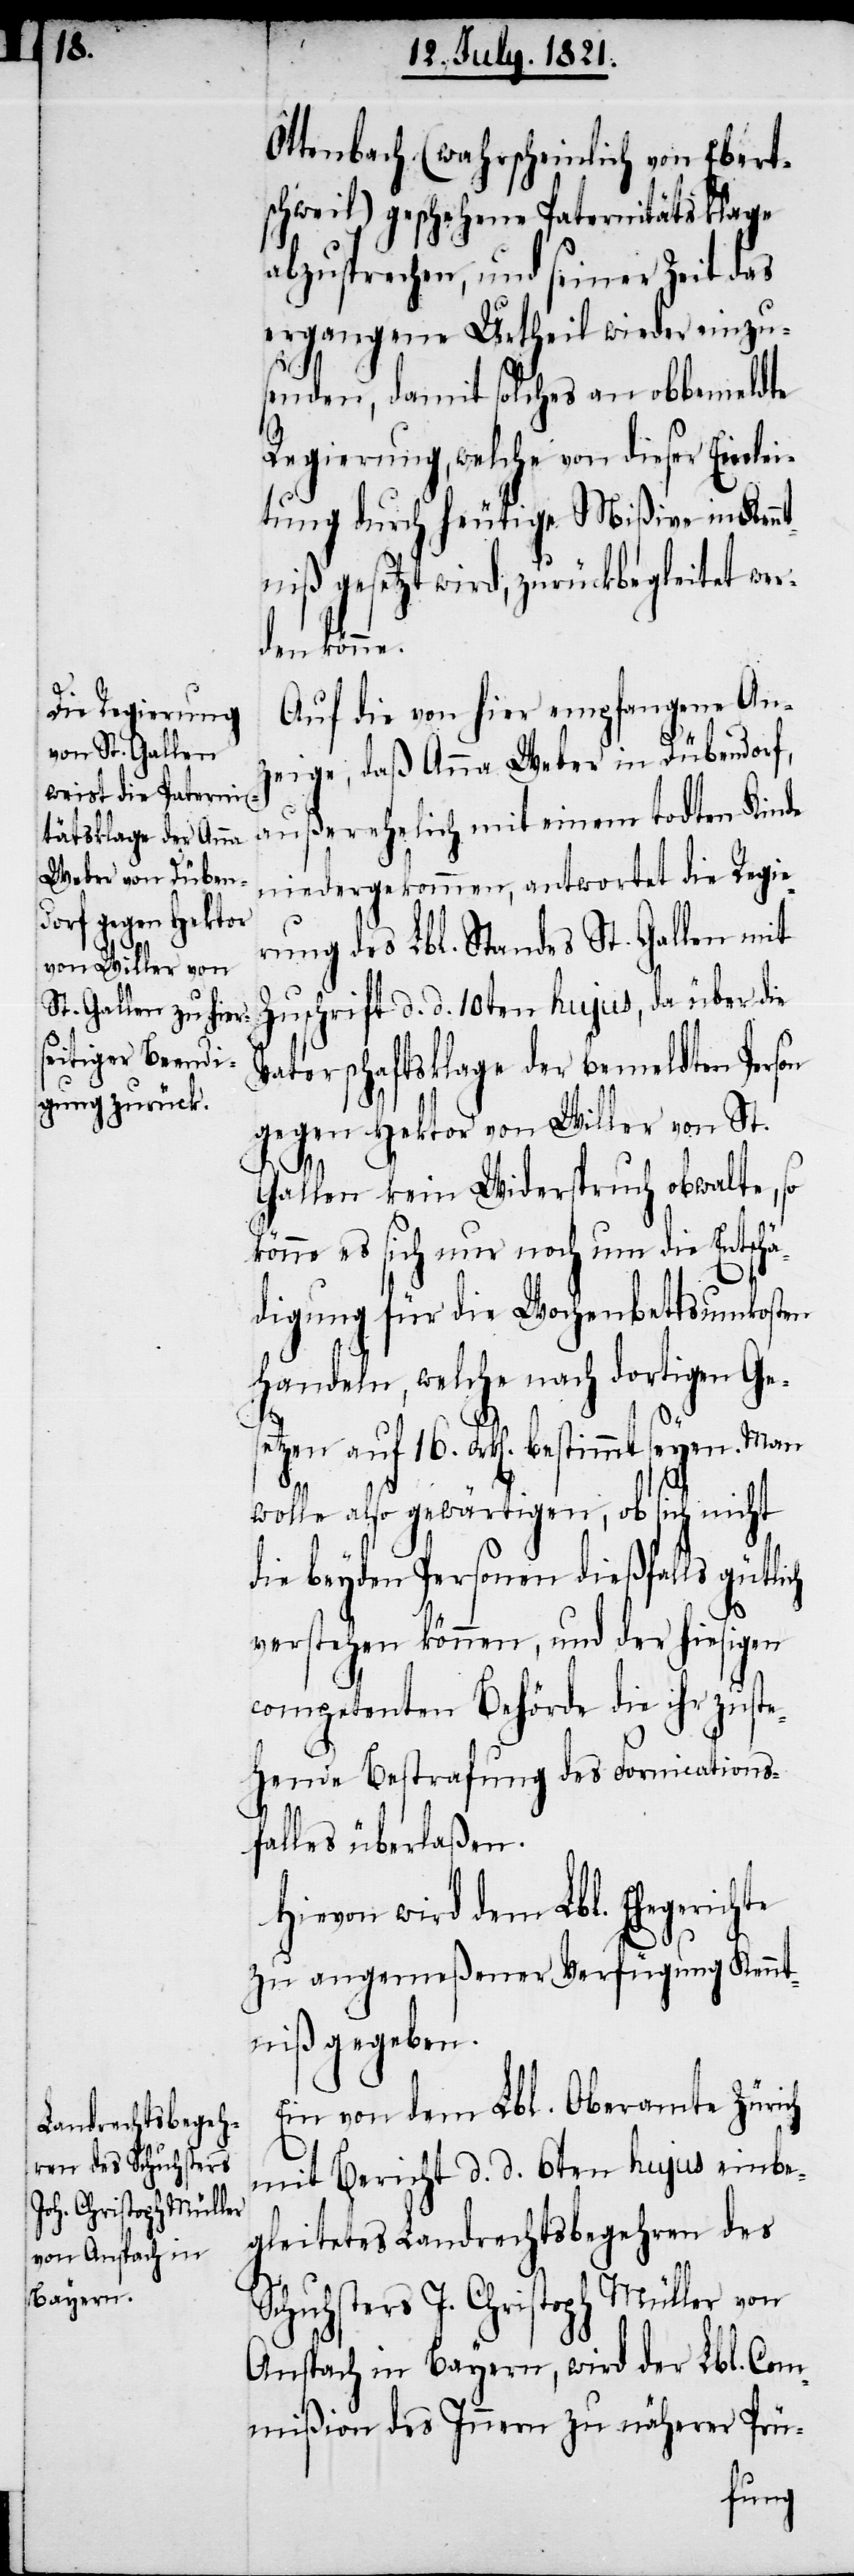
16.

Ottenbach (wahrscheinlich von Ebert¬
schweil) geschehene Paternitätsklage
abzusprechen, und seiner Zeit das
ergangene Urtheil wieder einzu¬
senden, damit solches an obbemeldte
Regierung, welche von dieser Einlei¬
tung durch heutige Mißive in Kenn¬
tniß gesetzt wird, zurückbegleitet wer¬
den könne.
Auf die von hier empfangene An¬
zeige, daß Anna Weber in Dübendorf,
außerehelich mit einem todten Kinde
niedergekommen, antwortet die Regie¬
rung des Lbl. Standes St. Gallen mit
Zuschrift d. d. 10ten hujus, da über die
Vaterschaftsklage der bemeldten Person
gegen Hektor von Willer von St.
Gallen kein Widerspruch obwalte, so
könne es sich noch um die Entschä¬
digung für die Wochenbettsunkosten
handeln, welche nach dortigen Ge¬
wolle also gewärtigen, ob sich nicht
die beyden Personen dießfalls gütlich
verstehen können, und der hiesigen
competenten Behörde die ihr zuste¬
hende Bestrafung des Fornications¬
falles überlaßen.
Hievon wird dem Lbl. Ehegerichte
zu angemeßener Verfügung Kennt¬
niß gegeben.
Ein von dem Lbl. Oberamte Zürich
mit Bericht d. d. 6ten hujus einbe¬
gleitetes Landrechtsbegehren des
Schuhsters J. Christoph Müller von
Anspach in Bayern, wird der Lbl. Com¬
mißion des Innern zu näherer Prü-
setzen